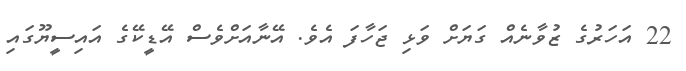
22 އަހަރުގެ ޒުވާނެއް ގަޔަށް ވަޅި ޖަހާފަ އެވެ. އޭނާއަށްވެސް އޭޑީކޭގެ އައިސީޔޫގައި